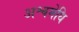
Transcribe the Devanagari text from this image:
अश्वमेधि